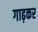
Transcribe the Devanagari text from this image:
गाढ़कर